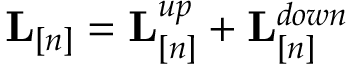
{ \bf L } _ { [ n ] } = { \bf L } _ { [ n ] } ^ { u p } + { \bf L } _ { [ n ] } ^ { d o w n }